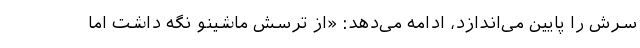
سرش را پایین می‌اندازد، ادامه می‌دهد: «از ترسش ماشینو نگه داشت اما